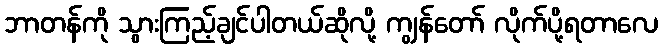
ဘာတန်ကို သွားကြည့်ချင်ပါတယ်ဆိုလို့ ကျွန်တော် လိုက်ပို့ရတာလေ